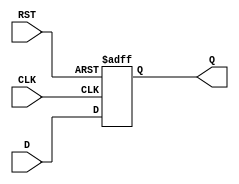
module synchronous_register #(
    parameter WIDTH = 8  // Parameter to define the width of the register
)(
    input wire [WIDTH-1:0] D,   // Data input
    input wire CLK,              // Clock input
    input wire RST,              // Reset input
    output reg [WIDTH-1:0] Q     // Data output
);

    // Always block for synchronous behavior
    always @(posedge CLK or posedge RST) begin
        if (RST) begin
            Q <= {WIDTH{1'b0}};    // Reset the register to zero
        end else begin
            Q <= D;                // Capture the data input on clock edge
        end
    end

endmodule